kultuurilooline_kollektsioon, lk 83
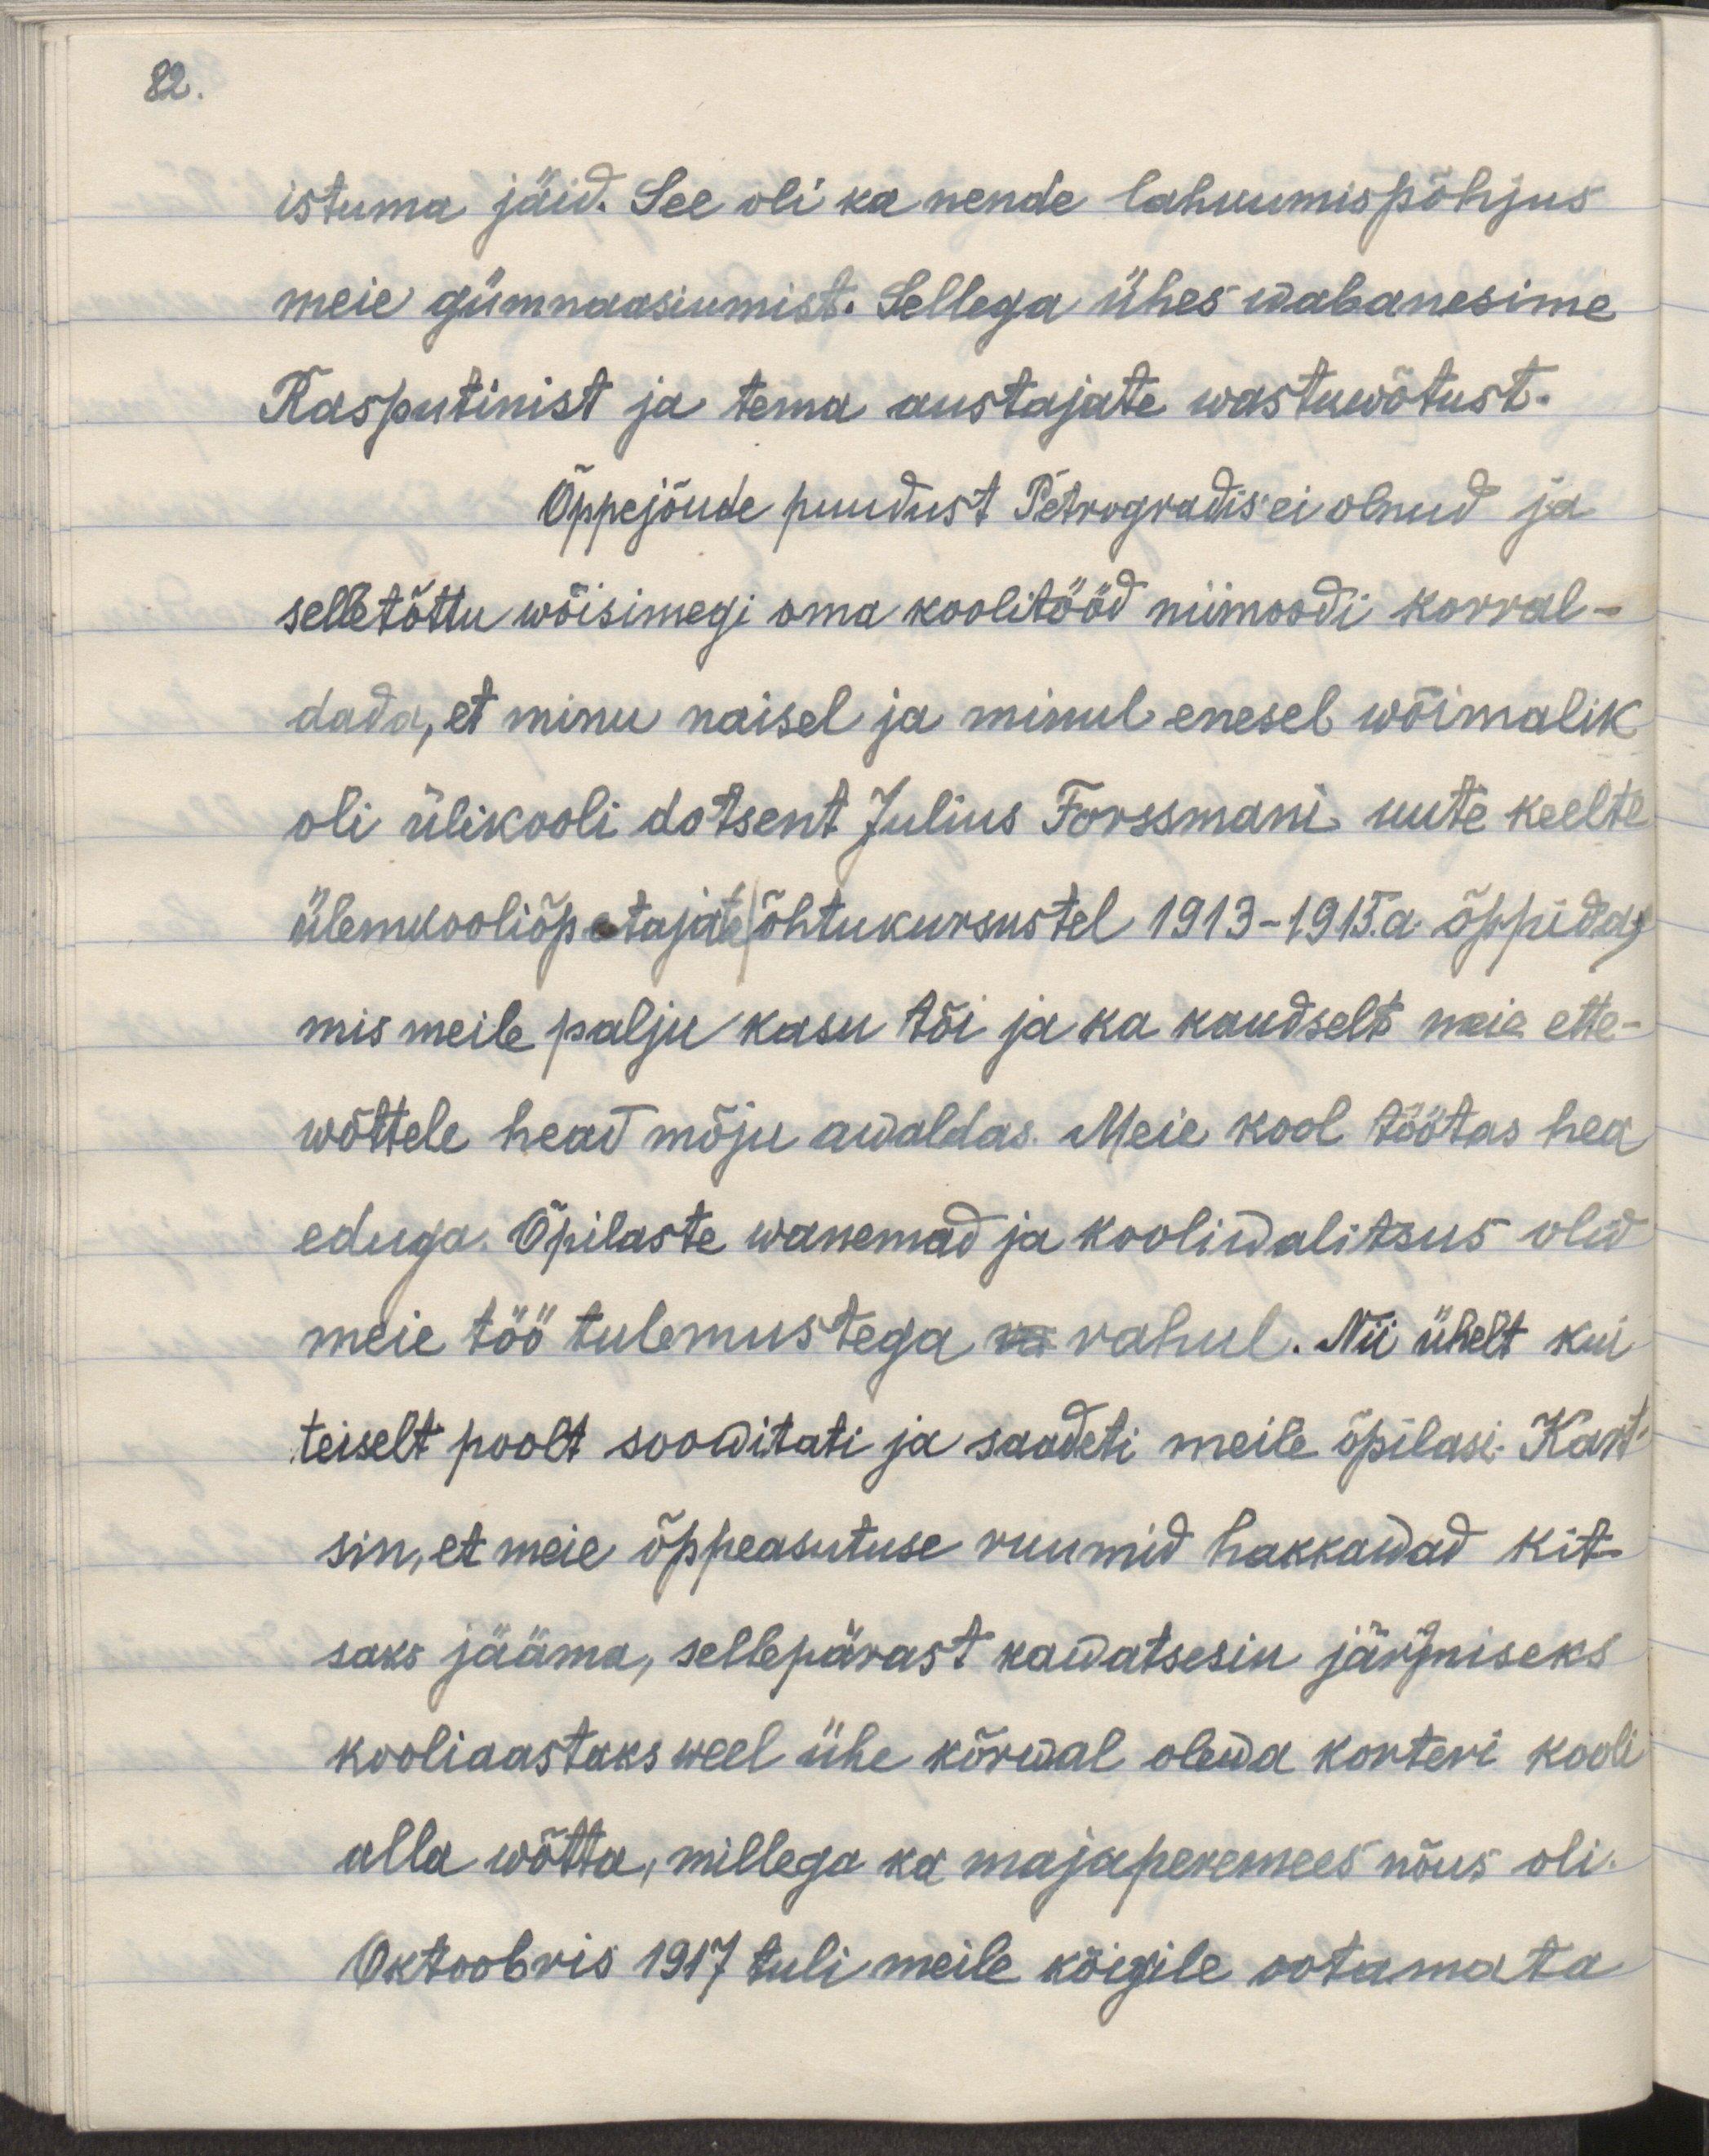
82.

istuma jäid. See oli ka nende lahkumis põhjus
meie gümnaasiumist. Sellega ühes wabanesime
Rasputinist ja tema austajate wastuwõtust.
Õppejõude puudust Petrogradis ei olnud ja
selle tõttu wõisimegi oma koolitööd niimoodi korral-
dada, et minu naisel ja minul enesel wõimalik
oli ülikooli dotsent Julius Forssmani uute keelte
ülemkooliõpetajate õhtukursustel 1913-1915. a õppida,
mis meile palju kasu tõi ja ka kaudselt meie ette-
wõttele head mõju awaldas. Meie kool töötas hea
eduga. Õpilaste wanemad ja kooliwalitsus olid
meie töö tulemustega ra rahul. Nii ühelt kui
teiselt poolt soowitati ja saadeti meile õpilasi. Kart-
sin, et meie õppeasutuse ruumid hakkawad kit-
saks jääma, sellepärast kawatsesin järgmiseks
kooliaastaks weel ühe kõrwal olewa korteri kooli
alla wõtta, millega ka majaperemees nõus oli.
Oktoobris 1917 tuli meile kõigile ootamata